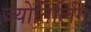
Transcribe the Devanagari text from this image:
ज्योतिर्लिग्